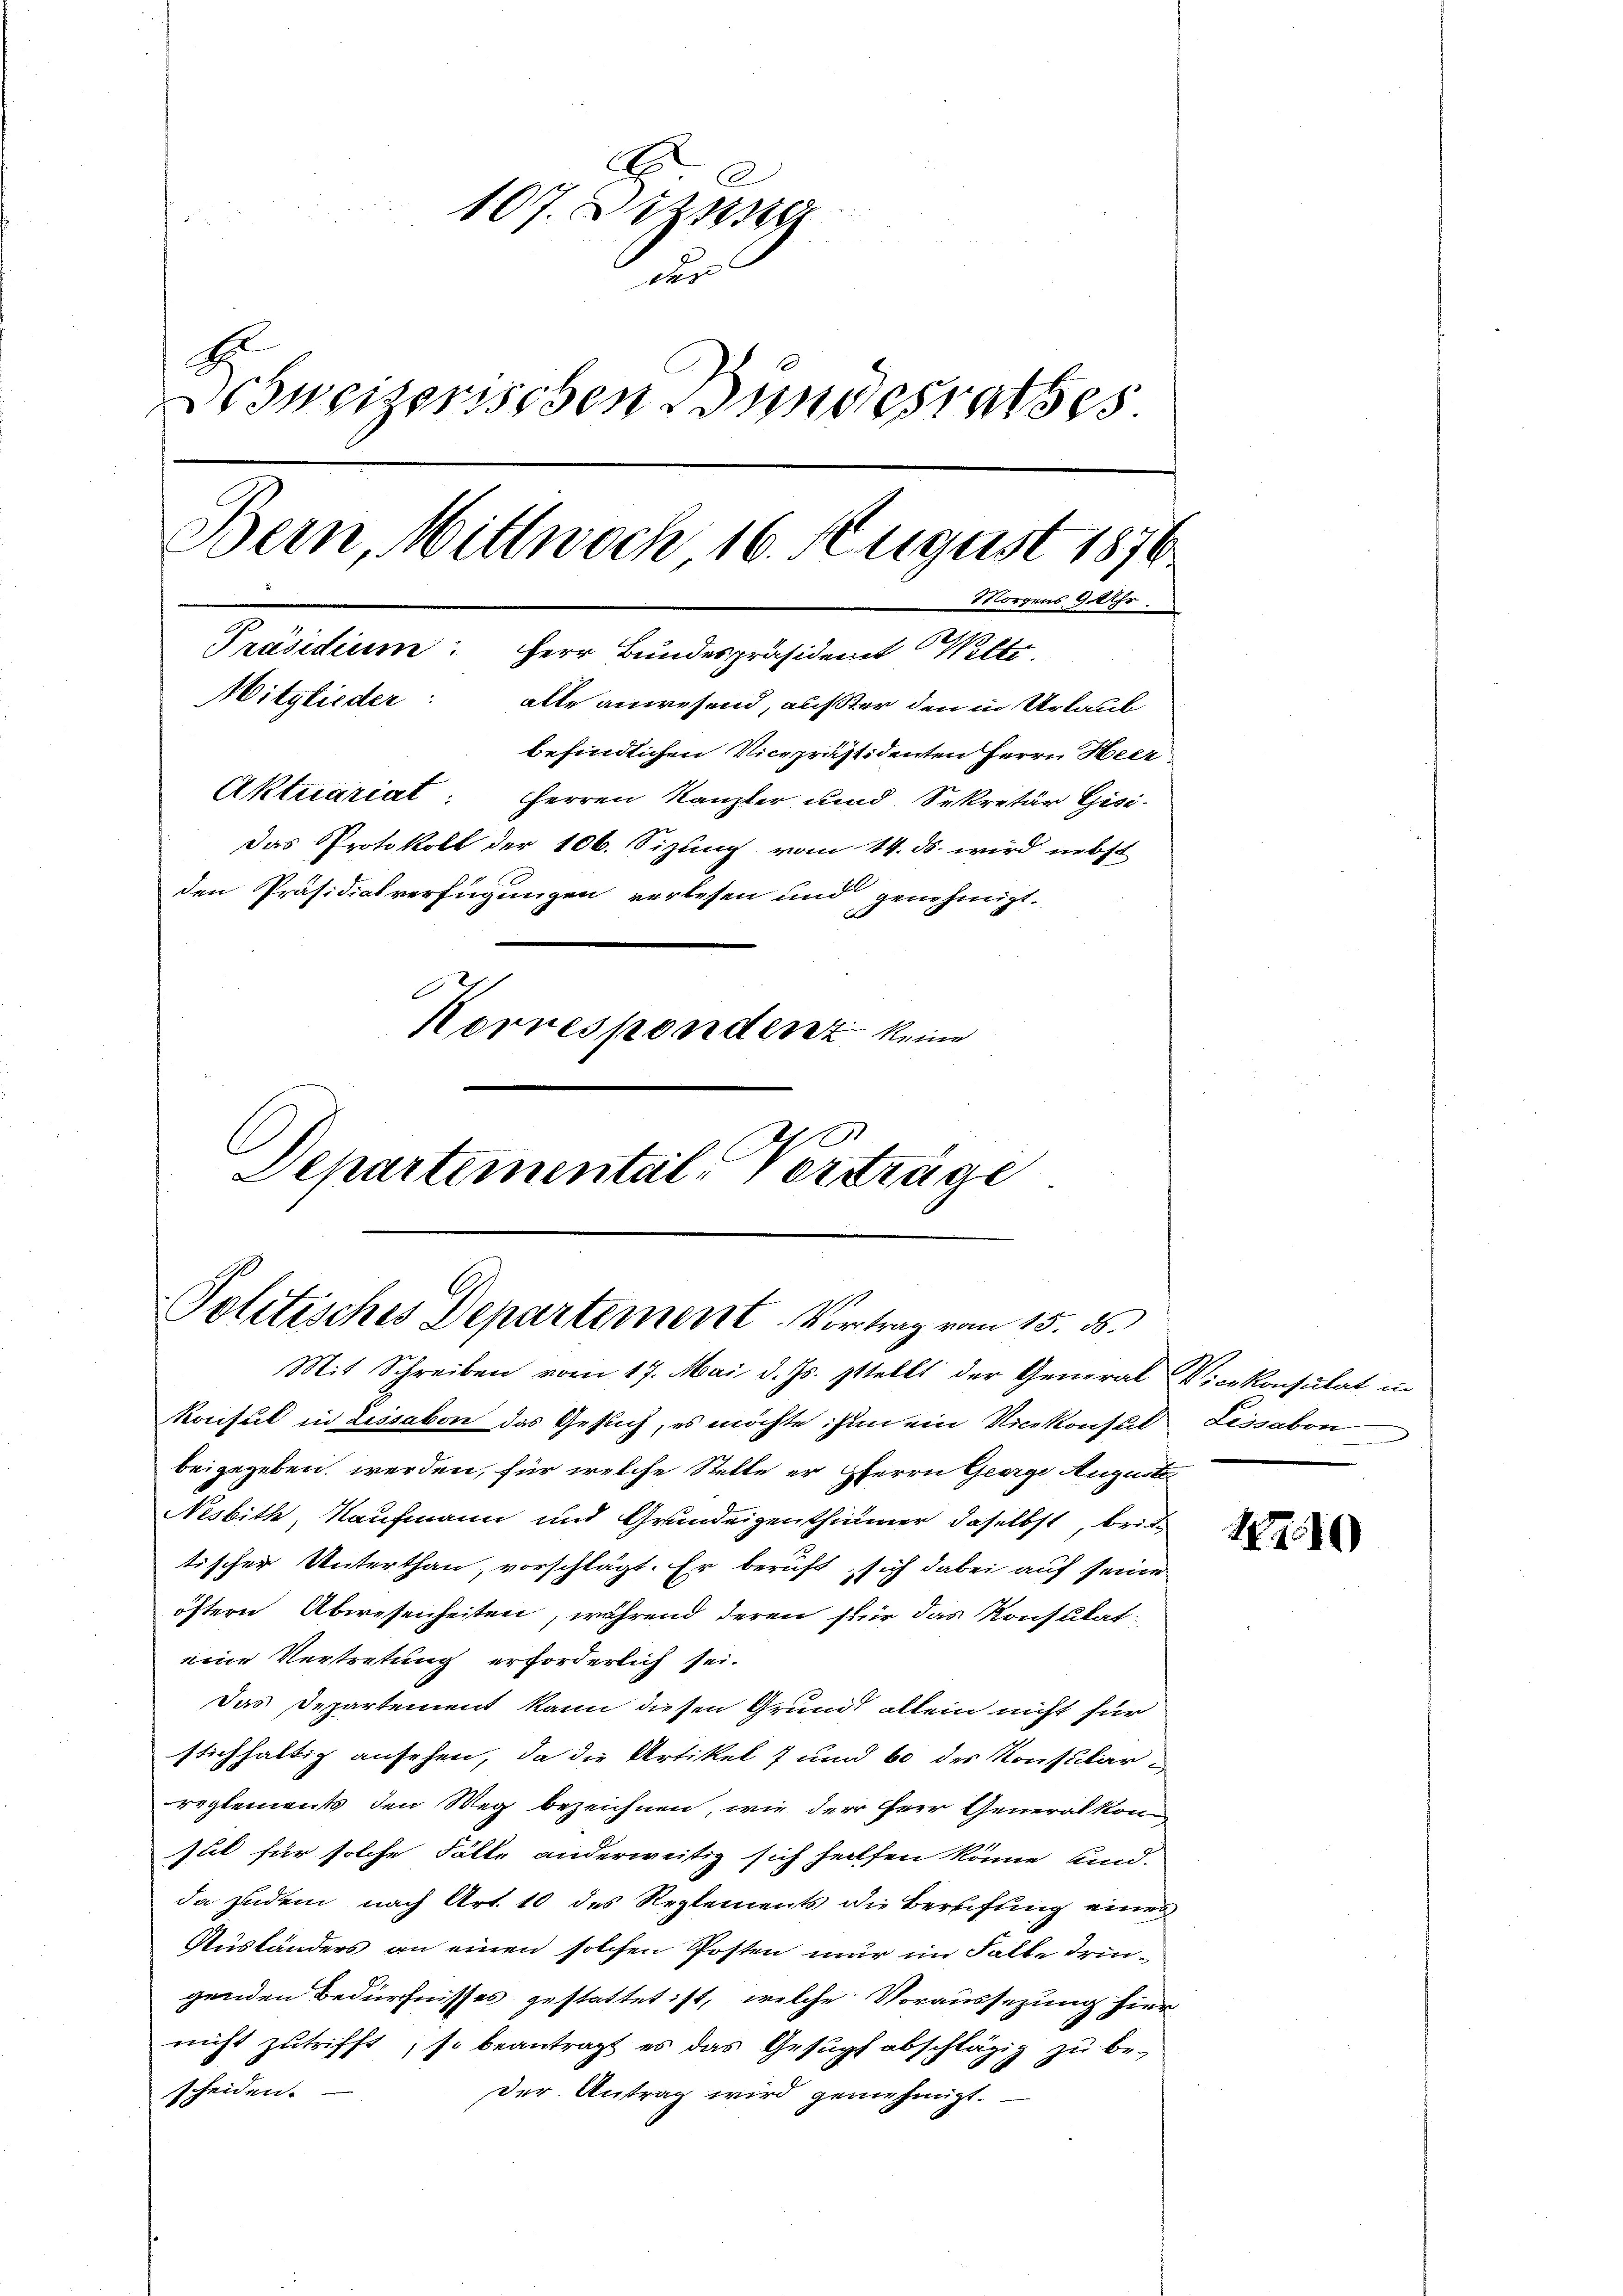
107. Dez
22
des
Schweizerischen Bundesrathes
Morgens 9 Uhr.
Mitglieder: alle anwesend, auster den in Urlaub
befindlichen Vicepräsidenten Herrn Heer,
Aktuariat: Herren Kanzler und Sekretär Gisi¬
Das Protokoll der 106. Sizung vom 14. ds. wird nebst
den Präsidialverfügungen verlesen und genehmigt.
d
Korrespondenz keine
Departemental-Verträge

Bern, Wittwoch 16. August 1876
Präsidium: Herr Bundespräsident Welti

Politisches Departement. Vortrag vom 15. ds.
Mit Schreiben vom 17. Mai d. Js. stellt der General Vicekonsulat in

Konsul in Lissaben das Gesuch, es möchte ihn ein Vicekonsul Lissabon
beigegeben werden, für welche Stelle er HHerrn George Auguste
Nesbith, Kaufmann und Grundeigenthümmer daselbst, brittischer Unterthan, vorschlägt. Er beruft, sich dabei auf seine
öftern Abwesenheiten, während deren für das Konstitat
eine Vertretung erforderlich sei.
Das Departement kann diesen Grund allein nicht für
stichhaltig ansehen, da die Artikel 7 und 60 des Konsularreglements den Weg bezeichnen, wie der Herr Generalkon
sul für solche Fälle anderweitig sich helfen könne Kind.
da zudem nach Art. 10 des Reglements die Berufung eines
Ausländers an einen solchen Posten nur im Falle dringenden Bedürfnisses gestattet ist, welche Voraussezung hier
nicht zutrifft, so beantragt es das Gesuch abschlägig zu be-
scheiden.
Der Antrag wird genehmigt.

18700